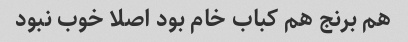
هم برنج هم کباب خام بود اصلا خوب نبود